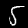
Label: 5